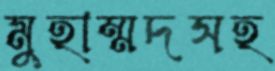
মুহাম্মদসহ